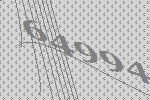
64994